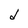
Character: d